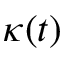
\kappa ( t )